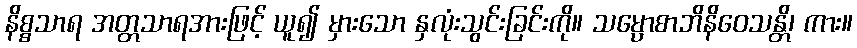
နိစ္စသာရ အတ္တသာရအားဖြင့် ယူ၍ မှားသော နှလုံးသွင်းခြင်းကို။ သမ္ပောစာဘိနိဝေသန္တိ၊ ကား။